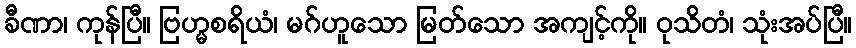
ခီဏာ၊ ကုန်ပြီ။ ဗြဟ္မစရိယံ၊ မဂ်ဟူသော မြတ်သော အကျင့်ကို။ ဝုသိတံ၊ သုံးအပ်ပြီ။